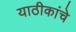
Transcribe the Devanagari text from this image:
याठीकांचे